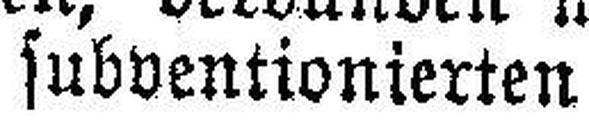
subventionierten